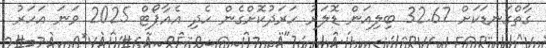
ގާތްގަނޑަކަށް 32.67 ބިލިއަން ޑޮލަރު ހަރަދުކޮށްގެން ހެދި އެއާޕޯޓް 2025 ވަނަ އަހަރު